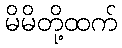
မိမိတို့ထက်